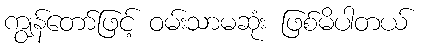
ကျွန်တော်ဖြင့် ဝမ်းသာမဆုံး ဖြစ်မိပါတယ်